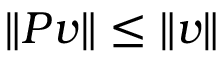
\| P v \| \leq \| v \|